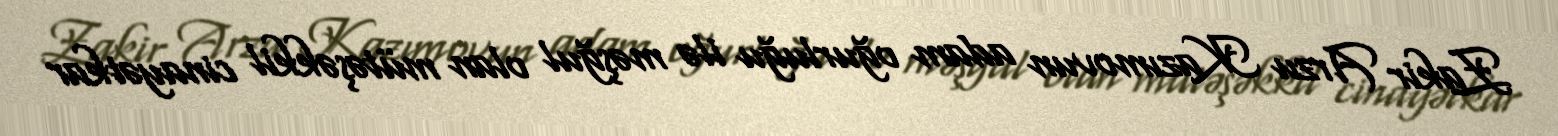
Zakir Arzu Kazımovun adam oğurluğu ilə məşğul olan mütəşəkkil cinayətkar